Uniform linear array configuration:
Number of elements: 48
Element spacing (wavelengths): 1
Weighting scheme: hamming
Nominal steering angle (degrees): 15
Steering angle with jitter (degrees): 16.537
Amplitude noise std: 0.05
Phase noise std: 0.05

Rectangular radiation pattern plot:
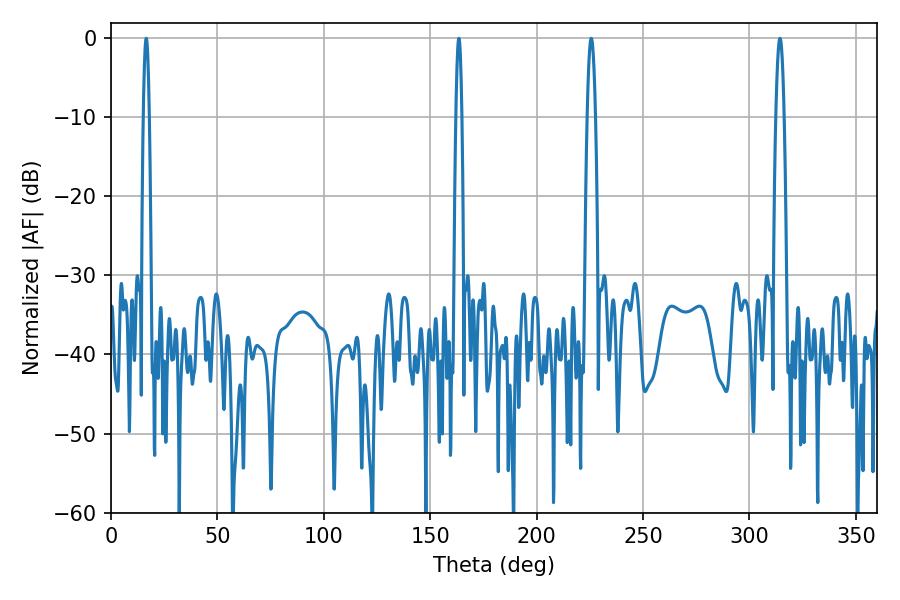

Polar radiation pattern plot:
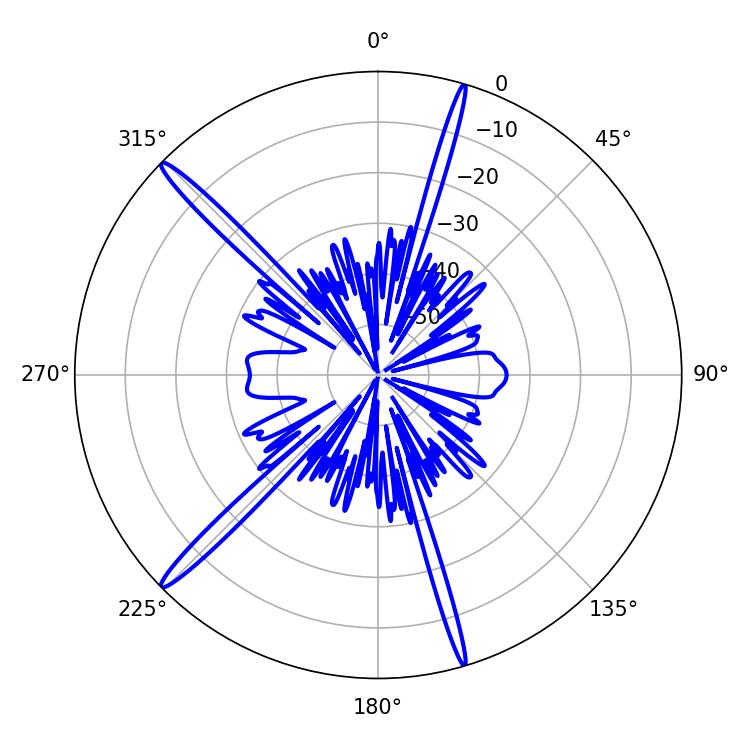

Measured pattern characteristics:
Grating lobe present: TRUE
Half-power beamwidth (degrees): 1.44
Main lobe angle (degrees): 16.56